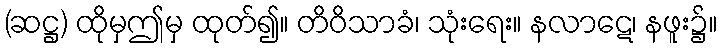
(ဆဋ္ဌ) ထိုမှဤမှ ထုတ်၍။ တိဝိသာခံ၊ သုံးရေး။ နလာဋေ၊ နဖူး၌။